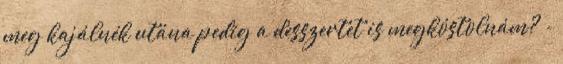
meg kajálnék utána pedig a desszertet is megkóstolnám? -